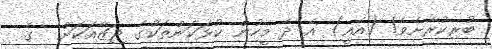
ބުރިކުރާށެވެ! (އެއީ) އެ ދެ މީހުން ކުޅަކަންތަކުގެ ޖަޒާއަކަށް  ގެ